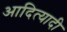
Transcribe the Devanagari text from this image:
आदित्यादी